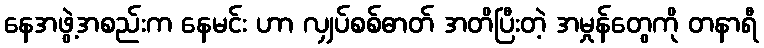
နေအဖွဲ့အစည်းက နေမင်း ဟာ လျှပ်စစ်ဓာတ် အတိပြီးတဲ့ အမှုန်တွေကို တနာရီ